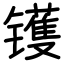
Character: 镬